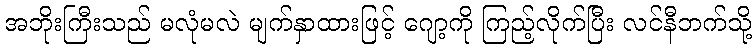
အဘိုးကြီးသည် မလုံမလဲ မျက်နှာထားဖြင့် ဂျော့ကို ကြည့်လိုက်ပြီး လင်နီဘက်သို့